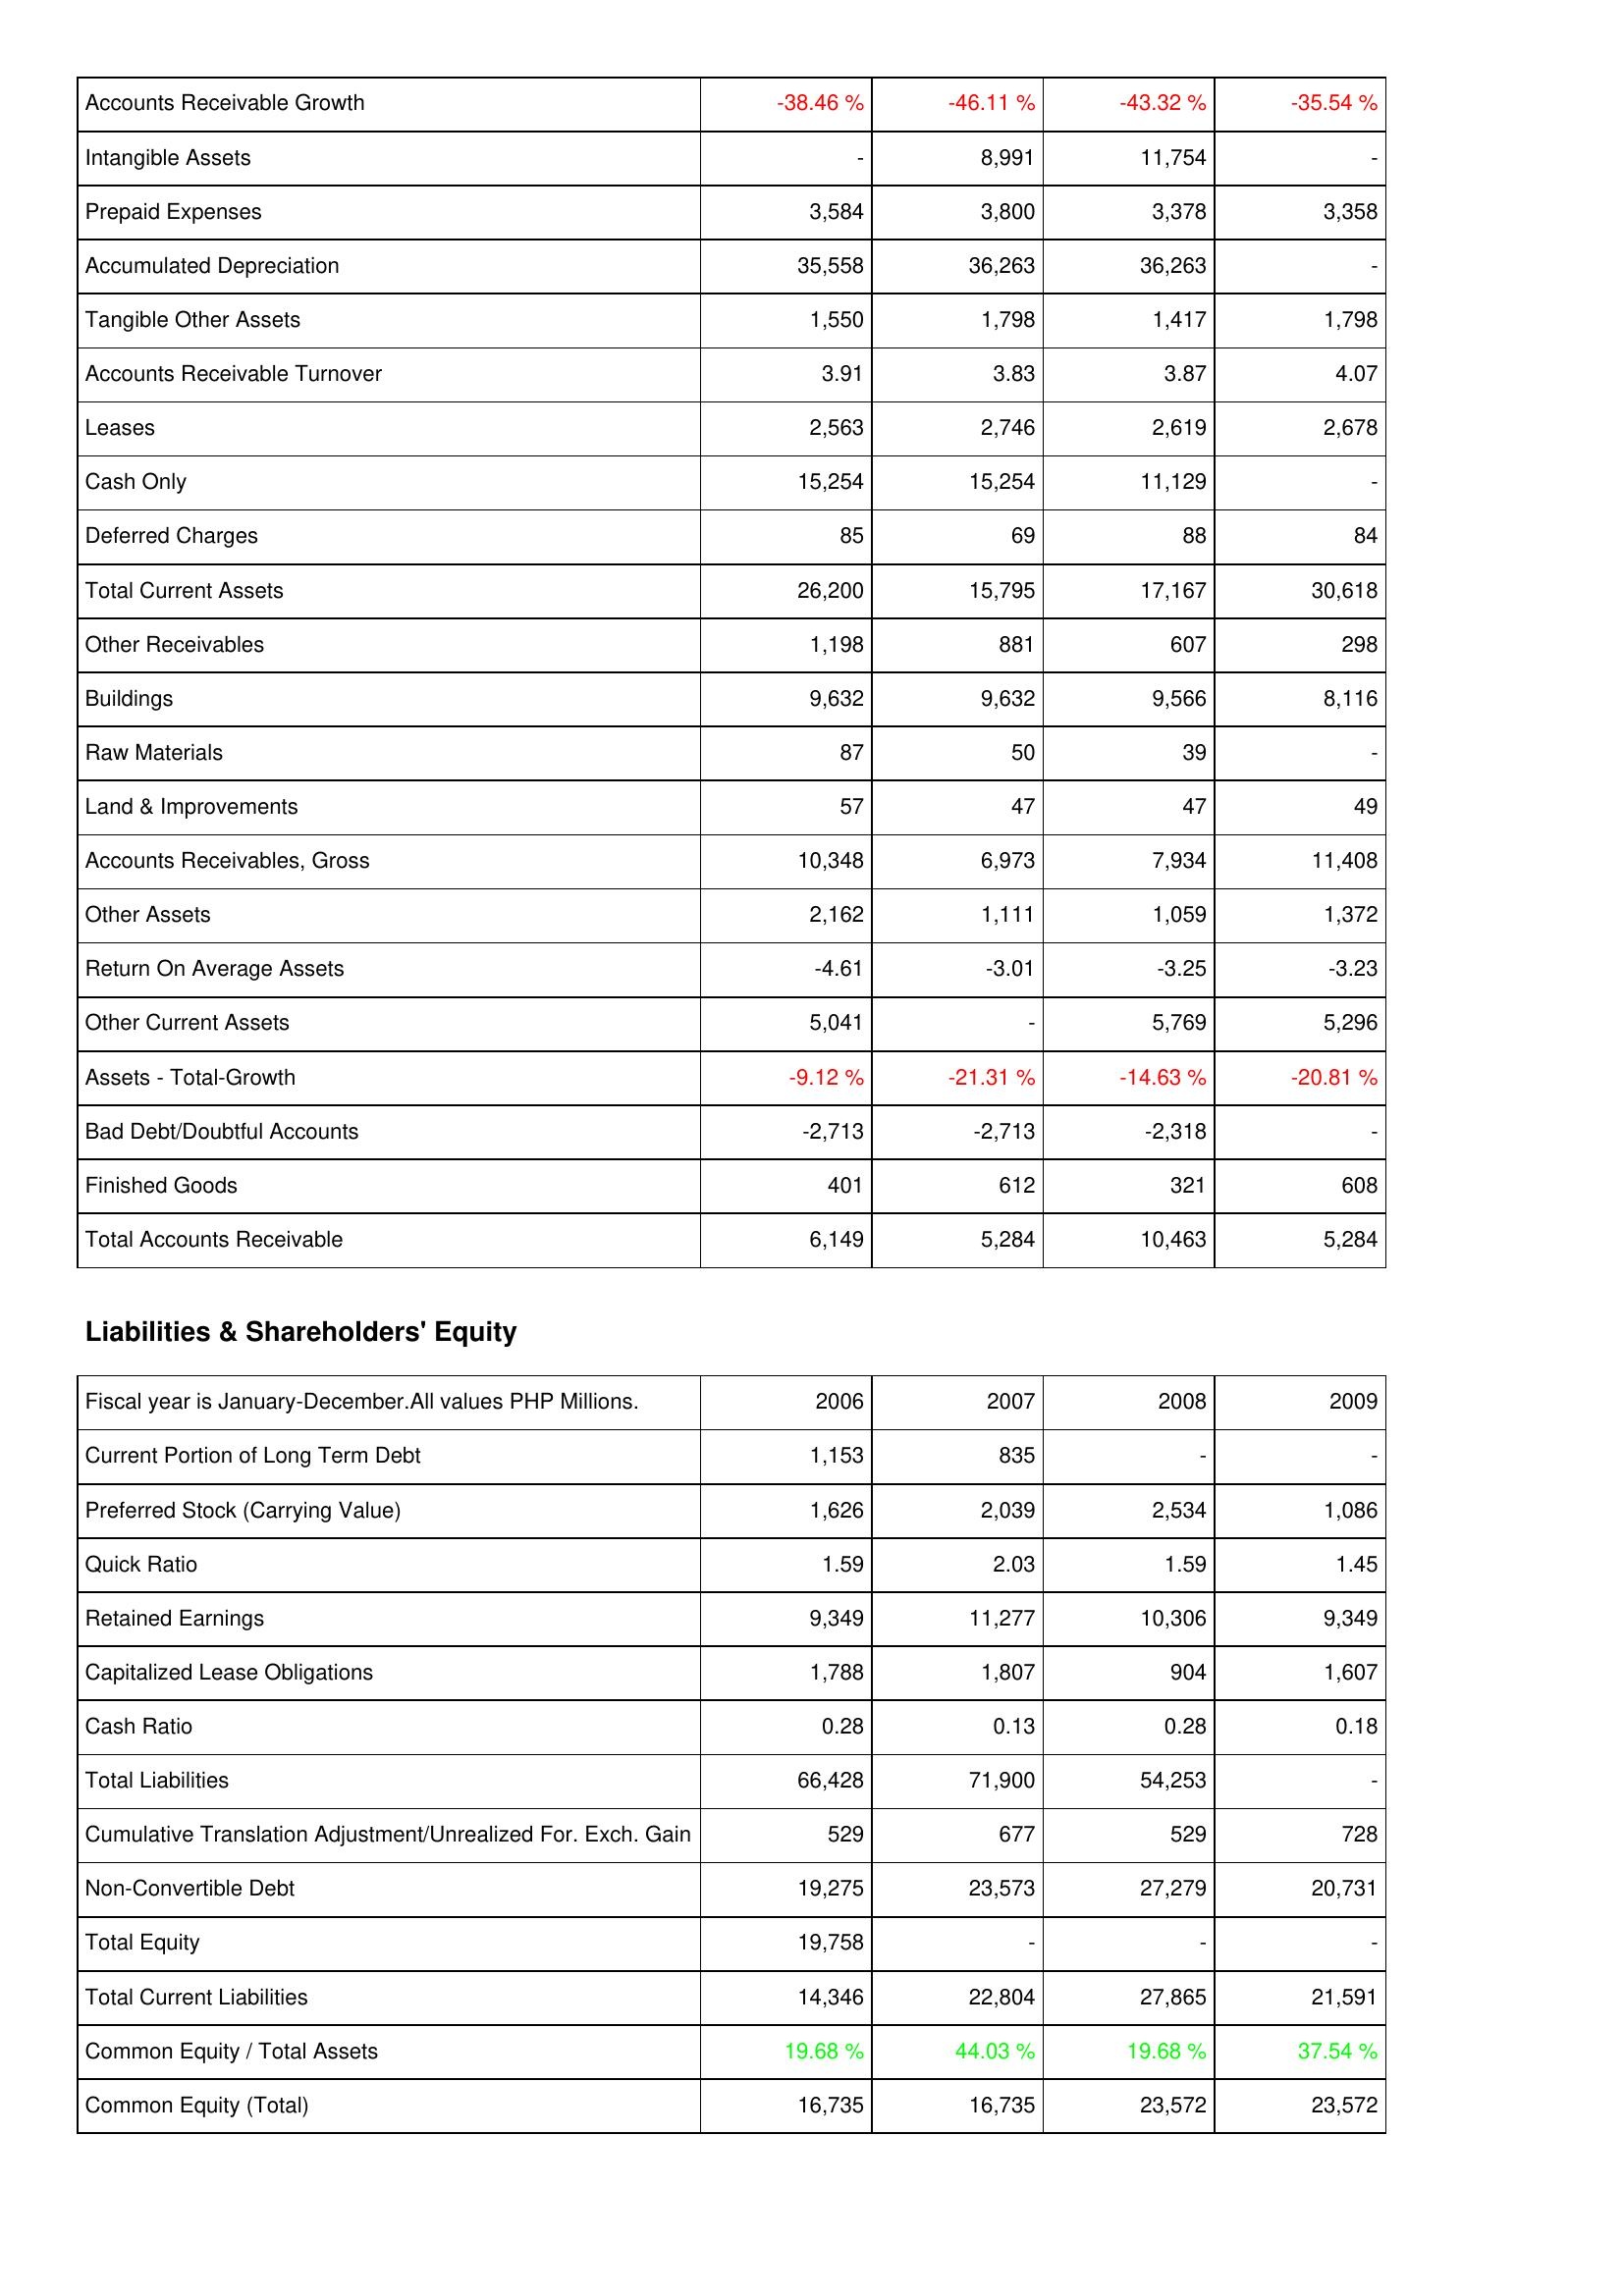
2006: Assets: Accounts Receivable Growth: -38.46 %
Intangible Assets: -
Prepaid Expenses: 3,584
Accumulated Depreciation: 35,558
Tangible Other Assets: 1,550
Accounts Receivable Turnover: 3.91
Leases: 2,563
Cash Only: 15,254
Deferred Charges: 85
Total Current Assets: 26,200
Other Receivables: 1,198
Buildings: 9,632
Raw Materials: 87
Land & Improvements: 57
Accounts Receivables, Gross: 10,348
Other Assets: 2,162
Return On Average Assets: -4.61
Other Current Assets: 5,041
Assets - Total-Growth: -9.12 %
Bad Debt/Doubtful Accounts: -2,713
Finished Goods: 401
Total Accounts Receivable: 6,149
Liabilities & Shareholders' Equity: Current Portion of Long Term Debt: 1,153
Preferred Stock (Carrying Value): 1,626
Quick Ratio: 1.59
Retained Earnings: 9,349
Capitalized Lease Obligations: 1,788
Cash Ratio: 0.28
Total Liabilities: 66,428
Cumulative Translation Adjustment/Unrealized For. Exch. Gain: 529
Non-Convertible Debt: 19,275
Total Equity: 19,758
Total Current Liabilities: 14,346
Common Equity / Total Assets: 19.68 %
Common Equity (Total): 16,735
2007: Assets: Accounts Receivable Growth: -46.11 %
Intangible Assets: 8,991
Prepaid Expenses: 3,800
Accumulated Depreciation: 36,263
Tangible Other Assets: 1,798
Accounts Receivable Turnover: 3.83
Leases: 2,746
Cash Only: 15,254
Deferred Charges: 69
Total Current Assets: 15,795
Other Receivables: 881
Buildings: 9,632
Raw Materials: 50
Land & Improvements: 47
Accounts Receivables, Gross: 6,973
Other Assets: 1,111
Return On Average Assets: -3.01
Other Current Assets: -
Assets - Total-Growth: -21.31 %
Bad Debt/Doubtful Accounts: -2,713
Finished Goods: 612
Total Accounts Receivable: 5,284
Liabilities & Shareholders' Equity: Current Portion of Long Term Debt: 835
Preferred Stock (Carrying Value): 2,039
Quick Ratio: 2.03
Retained Earnings: 11,277
Capitalized Lease Obligations: 1,807
Cash Ratio: 0.13
Total Liabilities: 71,900
Cumulative Translation Adjustment/Unrealized For. Exch. Gain: 677
Non-Convertible Debt: 23,573
Total Equity: -
Total Current Liabilities: 22,804
Common Equity / Total Assets: 44.03 %
Common Equity (Total): 16,735
2008: Assets: Accounts Receivable Growth: -43.32 %
Intangible Assets: 11,754
Prepaid Expenses: 3,378
Accumulated Depreciation: 36,263
Tangible Other Assets: 1,417
Accounts Receivable Turnover: 3.87
Leases: 2,619
Cash Only: 11,129
Deferred Charges: 88
Total Current Assets: 17,167
Other Receivables: 607
Buildings: 9,566
Raw Materials: 39
Land & Improvements: 47
Accounts Receivables, Gross: 7,934
Other Assets: 1,059
Return On Average Assets: -3.25
Other Current Assets: 5,769
Assets - Total-Growth: -14.63 %
Bad Debt/Doubtful Accounts: -2,318
Finished Goods: 321
Total Accounts Receivable: 10,463
Liabilities & Shareholders' Equity: Current Portion of Long Term Debt: -
Preferred Stock (Carrying Value): 2,534
Quick Ratio: 1.59
Retained Earnings: 10,306
Capitalized Lease Obligations: 904
Cash Ratio: 0.28
Total Liabilities: 54,253
Cumulative Translation Adjustment/Unrealized For. Exch. Gain: 529
Non-Convertible Debt: 27,279
Total Equity: -
Total Current Liabilities: 27,865
Common Equity / Total Assets: 19.68 %
Common Equity (Total): 23,572
2009: Assets: Accounts Receivable Growth: -35.54 %
Intangible Assets: -
Prepaid Expenses: 3,358
Accumulated Depreciation: -
Tangible Other Assets: 1,798
Accounts Receivable Turnover: 4.07
Leases: 2,678
Cash Only: -
Deferred Charges: 84
Total Current Assets: 30,618
Other Receivables: 298
Buildings: 8,116
Raw Materials: -
Land & Improvements: 49
Accounts Receivables, Gross: 11,408
Other Assets: 1,372
Return On Average Assets: -3.23
Other Current Assets: 5,296
Assets - Total-Growth: -20.81 %
Bad Debt/Doubtful Accounts: -
Finished Goods: 608
Total Accounts Receivable: 5,284
Liabilities & Shareholders' Equity: Current Portion of Long Term Debt: -
Preferred Stock (Carrying Value): 1,086
Quick Ratio: 1.45
Retained Earnings: 9,349
Capitalized Lease Obligations: 1,607
Cash Ratio: 0.18
Total Liabilities: -
Cumulative Translation Adjustment/Unrealized For. Exch. Gain: 728
Non-Convertible Debt: 20,731
Total Equity: -
Total Current Liabilities: 21,591
Common Equity / Total Assets: 37.54 %
Common Equity (Total): 23,572